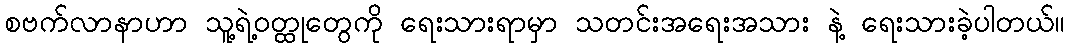
စဗက်လာနာဟာ သူ့ရဲ့ဝတ္ထုတွေကို ရေးသားရာမှာ သတင်းအရေးအသား နဲ့ ရေးသားခဲ့ပါတယ်။